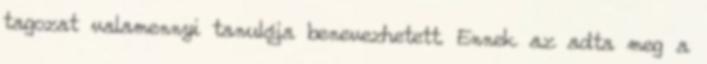
tagozat valamennyi tanulója benevezhetett. Ennek az adta meg a